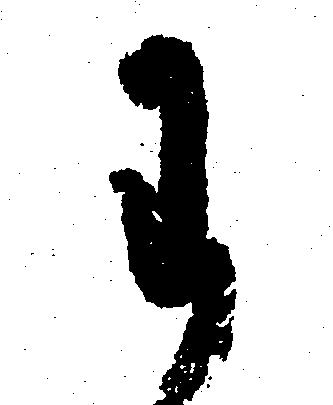
わ